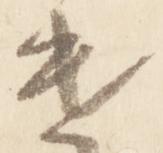
遣